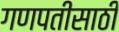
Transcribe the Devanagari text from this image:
गणपतीसाठी